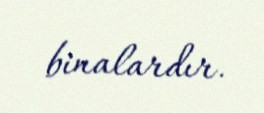
binalardır.